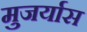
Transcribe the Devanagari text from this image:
मुजर्यास